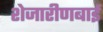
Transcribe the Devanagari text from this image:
शेजारीणबाई